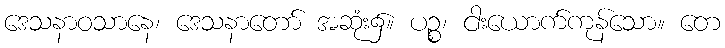
ဒေသနာဝသာနေ၊ ဒေသနာတော် အဆုံး၌။ ပဉ္စ၊ ငါးယောက်ကုန်သော။ တေ